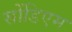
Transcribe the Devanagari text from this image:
सोंडिएम